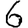
Digit: 6